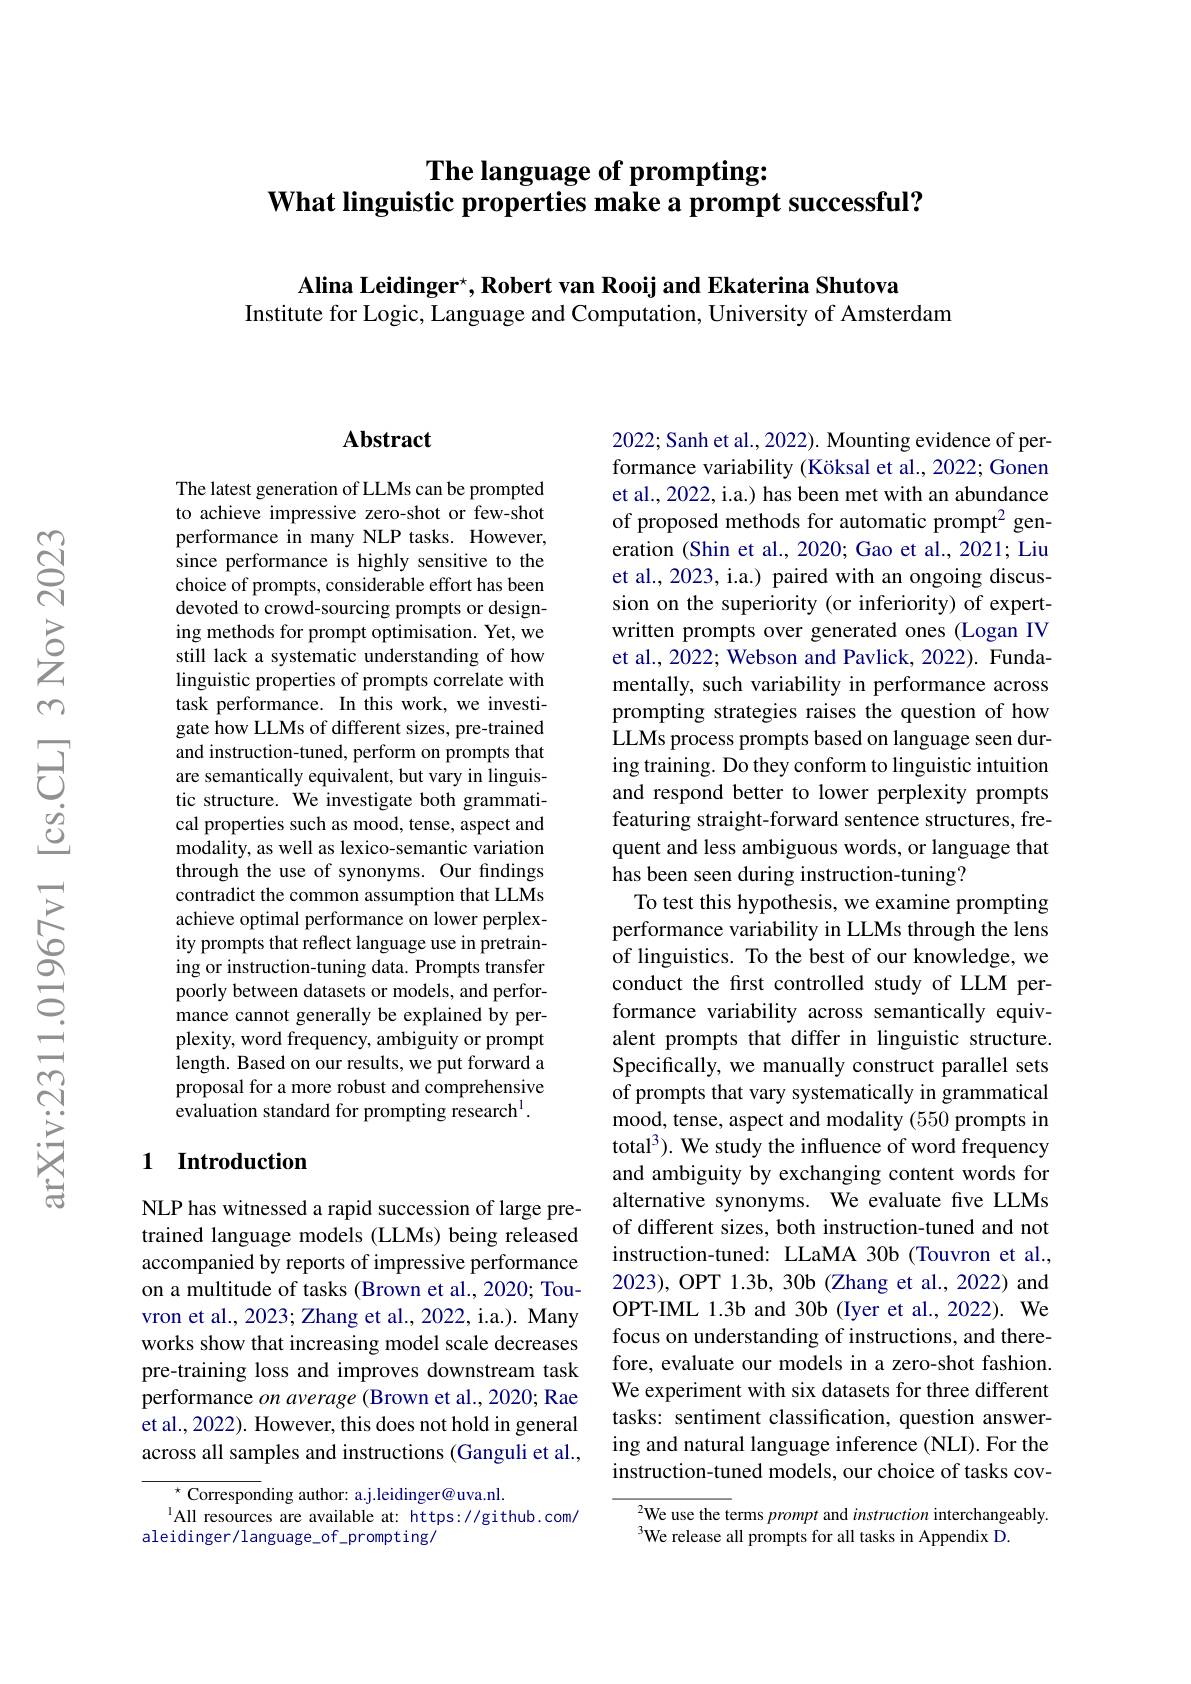
# The language of prompting: What linguistic properties make a prompt successful?

Alina Leidinger$^\star , \textbf{Robert van Rooij and Ekaterina Shutova}$
Institute for Logic, Language and Computation, University of Amsterdam

## Abstract

The latest generation of LLMs can be prompted to achieve impressive zero-shot or few-shot performance in many NLP tasks. However, since performance is highly sensitive to the choice of prompts, considerable effort has been devoted to crowd-sourcing prompts or designing methods for prompt optimisation. Yet, we still lack a systematic understanding of how linguistic properties of prompts correlate with task performance. In this work, we investigate how LLMs of different sizes, pre-trained and instruction-tuned, perform on prompts that are semantically equivalent, but vary in linguistic structure. We investigate both grammatical properties such as mood, tense, aspect and modality, as well as lexico-semantic variation through the use of synonyms. Our findings contradict the common assumption that LLMs achieve optimal performance on lower perplexity prompts that reflect language use in pretraining or instruction-tuning data. Prompts transfer poorly between datasets or models, and performance cannot generally be explained by perplexity, word frequency, ambiguity or prompt length. Based on our results, we put forward a proposal for a more robust and comprehensive evaluation standard for prompting research$^1.$

## 1 Introduction

NLP has witnessed a rapid succession of large pretrained language models (LLMs) being released accompanied by reports of impressive performance on a multitude of tasks (Brown et al., 2020; Touvron et al., 2023; Zhang et al., 2022, i.a.). Many works show that increasing model scale decreases pre-training loss and improves downstream task performance on average (Brown et al., 2020; Rae et al., 2022). However, this does not hold in general across all samples and instructions (Ganguli et al.,

${^{\star}\text{Corresponding author: a.j.leidinger@uva.nl.}}$
$^{1}$All resources are available at: https://github.com/
aleidinger/language_of_prompting/

2022; Sanh et al., 2022). Mounting evidence of performance variability (Köksal et al., 2022; Gonen et al., 2022, i.a.) has been met with an abundance of proposed methods for automatic prompt$^2$ generation (Shin et al., 2020; Gao et al., 2021; Liu et al., 2023, i.a.) paired with an ongoing discussion on the superiority (or inferiority) of expertwritten prompts over generated ones (Logan IV et al., 2022; Webson and Pavlick, 2022). Fundamentally, such variability in performance across prompting strategies raises the question of how LLMs process prompts based on language seen during training. Do they conform to linguistic intuition and respond better to lower perplexity prompts featuring straight-forward sentence structures, frequent and less ambiguous words, or language that has been seen during instruction-tuning?
To test this hypothesis, we examine prompting performance variability in LLMs through the lens of linguistics. To the best of our knowledge, we conduct the first controlled study of LLM performance variability across semantically equivalent prompts that differ in linguistic structure. Specifically, we manually construct parallel sets of prompts that vary systematically in grammatical mood, tense, aspect and modality (550 prompts in total$^3).$ We study the influence of word frequency and ambiguity by exchanging content words for alternative synonyms. We evaluate five LLMs of different sizes, both instruction-tuned and not instruction-tuned: LLaMA 30b (Touvron et al., 2023), OPT 1.3b, 30b (Zhang et al., 2022) and OPT-IML 1.3b and 30b (Iyer et al., 2022). We focus on understanding of instructions, and therefore, evaluate our models in a zero-shot fashion. We experiment with six datasets for three different tasks: sentiment classification, question answering and natural language inference (NLI). For the instruction-tuned models, our choice of tasks cov-
$^{2}$We use the terms prompt and instruction interchangeably.

We release all prompts for all tasks in Appendix D.